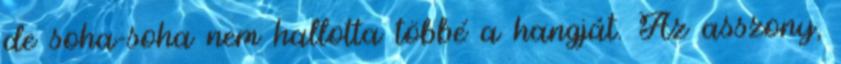
de soha-soha nem hallotta többé a hangját. Az asszony,